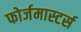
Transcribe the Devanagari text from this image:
फोर्जमास्टर्स